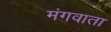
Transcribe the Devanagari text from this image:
मंगवाता